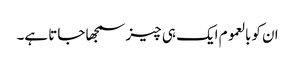
ان کوبالعموم ایک ہی چیز سمجھا جاتا ہے۔